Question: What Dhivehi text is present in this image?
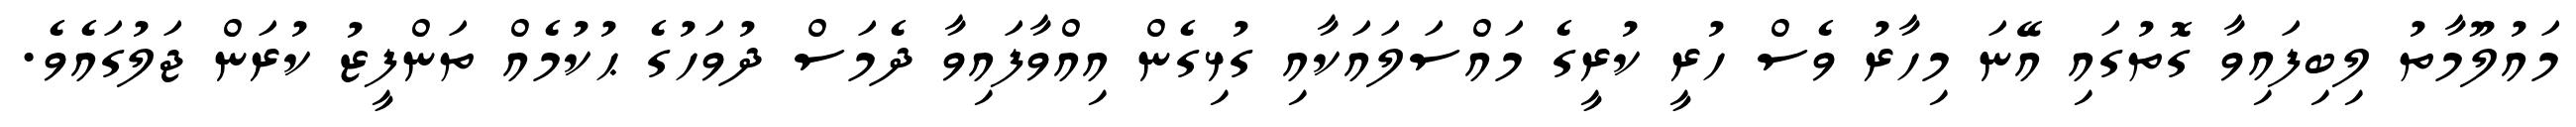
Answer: މައުލޫމާތު ލިބިފައިވާ ގޮތުގައި އޭނަ މިހާރު ވެސް ހުރީ ކުރީގެ މައްސަލައަކާއި ގުޅިގެން އިއްވާފައިވާ ދެމަސް ދުވަހުގެ ޙުކުމެއް ތަންފީޒު ކުރަން ޖަލުގައެވެ.